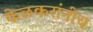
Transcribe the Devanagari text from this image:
केळकरांनीच